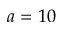
a = 1 0